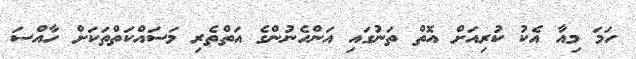
ހަމަ މިއާ އެކު ކުރިއަށް އޮތް ތަނުގައި އަންހެނުންގެ އަތްތެރި މަސައްކަތްތަަކަށް ހާއްސަ